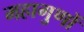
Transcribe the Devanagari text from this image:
महागुणों